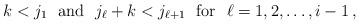
LaTeX: \begin{align*}k < j_1 \hbox{\rm\ \ and\ \ }j_\ell+k < j_{\ell+1}\hbox{\rm \ \ for\ \ }\ell = 1,2,\dots,i-1\,,\end{align*}